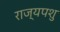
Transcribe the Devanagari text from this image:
राज्यपशु